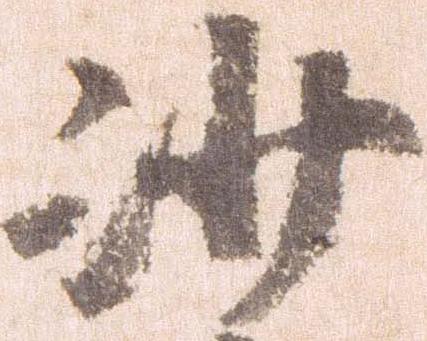
沙